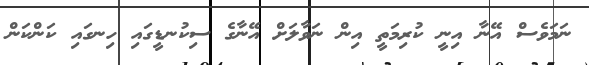
ނަމަވެސް އޭނާ އިނީ ކުރިމަތީ އިން ނަވާލަށް އޭނާގެ ސިކުނޑީގައި ހިނގައި ކަންކަން